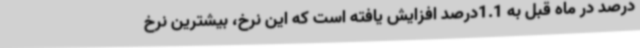
درصد در ماه قبل به 1.1درصد افزایش یافته است که این نرخ، بیشترین نرخ